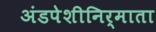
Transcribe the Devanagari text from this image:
अंडपेशीनिर्माता